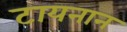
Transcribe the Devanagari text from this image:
टायनान